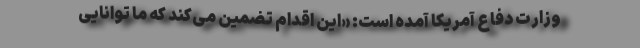
وزارت دفاع آمریکا آمده است: «این اقدام تضمین می‌كند كه ما توانایی